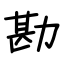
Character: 勘